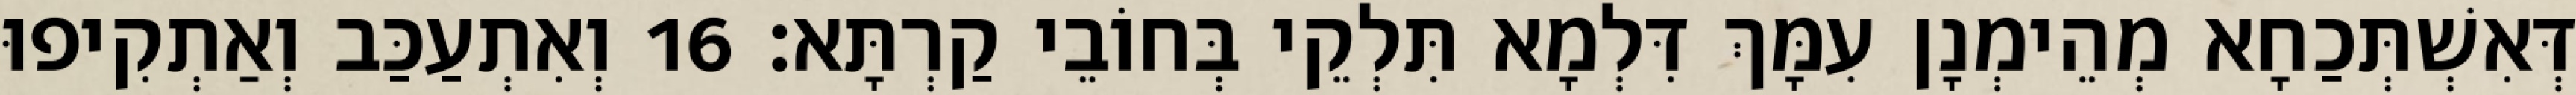
דְּאִשְׁתְּכַחָא מְהֵימְנָן עִמָּךְ דִּלְמָא תִּלְקֵי בְּחוֹבֵי קַרְתָּא׃ 16 וְאִתְעַכַּב וְאַתְקִיפוּ